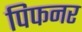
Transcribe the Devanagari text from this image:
पिफनर